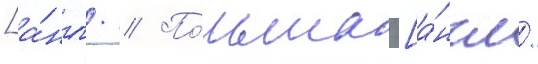
[а́нгл. // По́льша [а́нгл.